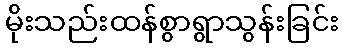
မိုးသည်းထန်စွာရွာသွန်းခြင်း